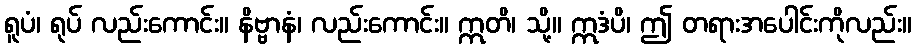
ရူပံ၊ ရုပ် လည်းကောင်း။ နိဗ္ဗာနံ၊ လည်းကောင်း။ ဣတိ၊ သို့။ ဣဒံပိ၊ ဤ တရားအပေါင်းကိုလည်း။